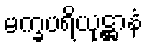
မက္ခပရိယုဋ္ဌာနံ